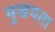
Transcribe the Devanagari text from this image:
मुखयता